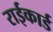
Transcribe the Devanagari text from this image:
राईकार्ड